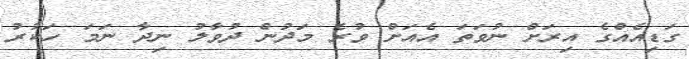
ގަޑިއެއްގެ އިރަށް ނުވަތަ އެއަށް ވުރެ މަދުން ދުވާލު ނިދާ ނަމަ ހަކުރު